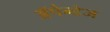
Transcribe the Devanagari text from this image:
अॅपेन्डेज